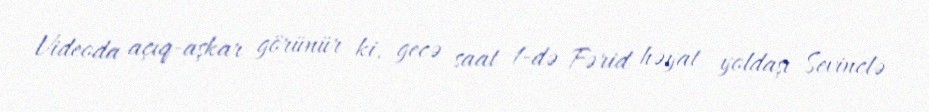
Videoda açıq-aşkar görünür ki, gecə saat 1-də Fərid həyat yoldaşı Sevinclə